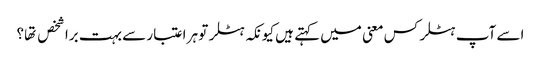
اسے آپ ہٹلر کس معنی میں کہتے ہیں کیونکہ ہٹلر تو ہر اعتبار سے بہت برا شخص تها؟